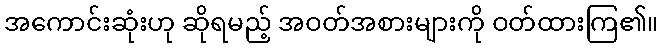
အကောင်းဆုံးဟု ဆိုရမည့် အဝတ်အစားများကို ဝတ်ထားကြ၏။